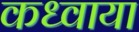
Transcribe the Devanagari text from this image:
कध्वाया